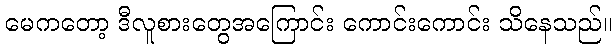
မေကတော့ ဒီလူစားတွေအကြောင်း ကောင်းကောင်း သိနေသည်။